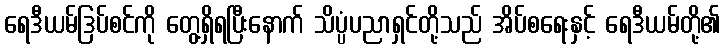
ရေဒီယမ်ဒြပ်စင်ကို တွေ့ရှိရပြီးနောက် သိပ္ပံပညာရှင်တို့သည် အိပ်စရေးနှင့် ရေဒီယမ်တို့၏